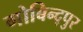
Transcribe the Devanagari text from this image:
गोबिन्द्पुर